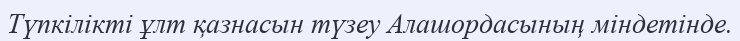
Түпкілікті ұлт қазнасын түзеу Алашордасының міндетінде.